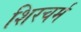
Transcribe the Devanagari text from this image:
शिरचर्म